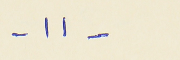
- ١١ -